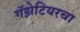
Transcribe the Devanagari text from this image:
गॅझेटियरचा